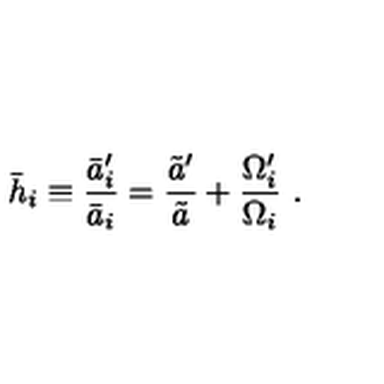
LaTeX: \bar { h } _ { i } \equiv { \frac { \bar { a } _ { i } ^ { \prime } } { \bar { a } _ { i } } } = { \frac { \tilde { a } ^ { \prime } } { \tilde { a } } } + { \frac { \Omega _ { i } ^ { \prime } } { \Omega _ { i } } } \ .